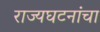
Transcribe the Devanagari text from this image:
राज्यघटनांचा